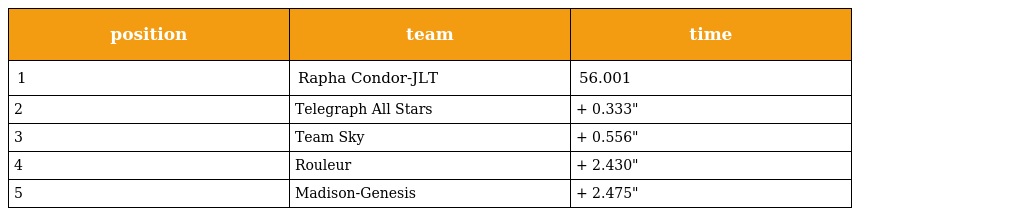
| position | team | time |
 | --- | --- | --- |
 | 1 | Rapha Condor-JLT | 56.001 |
 | 2 | Telegraph All Stars | + 0.333" |
 | 3 | Team Sky | + 0.556" |
 | 4 | Rouleur | + 2.430" |
 | 5 | Madison-Genesis | + 2.475" |